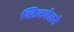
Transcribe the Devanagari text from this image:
स्टिलवेलने